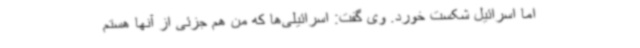
اما اسرائیل شکست خورد. وی گفت: اسرائیلی‌ها که من هم جزئی از آنها هستم